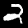
Label: 2